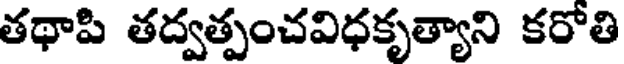
తథాపి తద్వత్పంచవిధకృత్యాని కరోతి